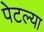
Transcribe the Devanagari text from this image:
पेटल्या